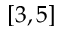
[ 3 , 5 ]